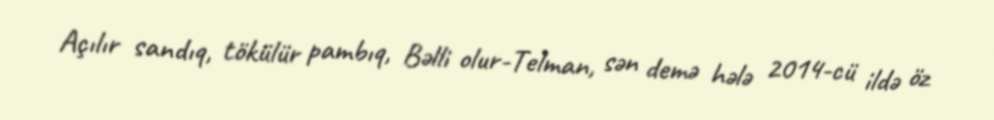
Açılır sandıq, tökülür pambıq, Bəlli olur-Telman, sən demə hələ 2014-cü ildə öz